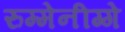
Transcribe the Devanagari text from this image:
रुम्मेनीग्गे